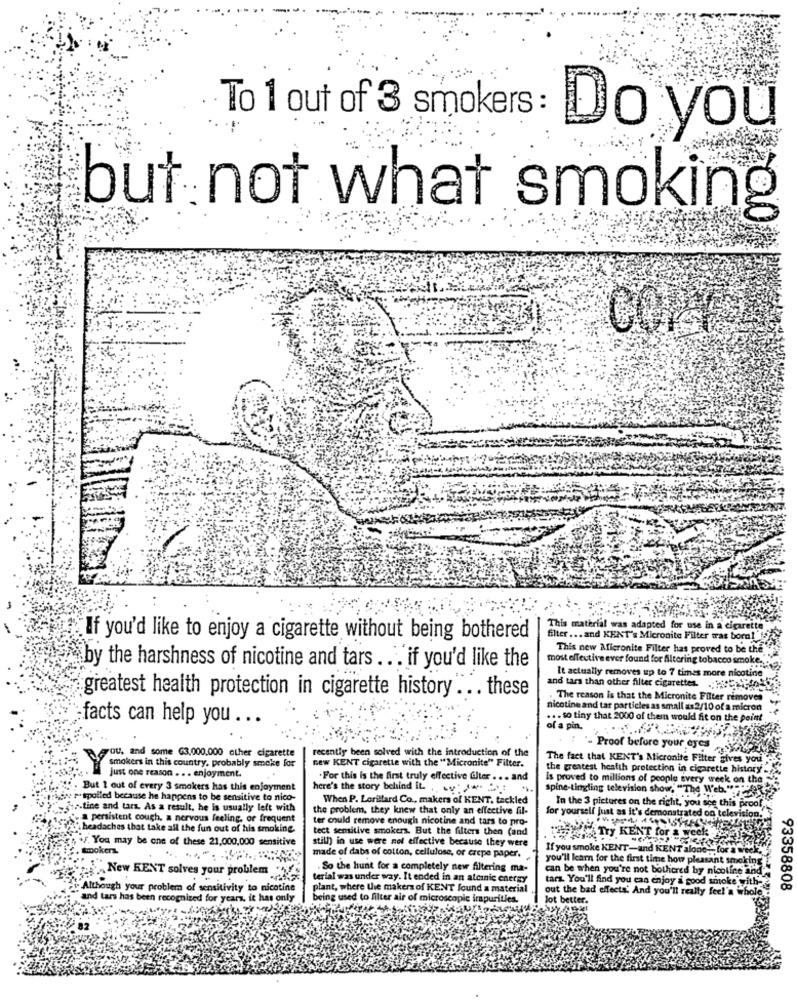
To 1 out of 3 smokers :
Do you
but not what smoking
COPES
This material was adapted for use in a ei
If you'd like to enjoy a cigarette without being bothered
filter ... and KENT's Micronite Filter tras borg! !
This new Micronite Filter has proved to be the
most effective ever found for filtering tobacco smoke.
by the harshness of nicotine and tars ... if you'd like the
It actually removes up to 7 times more nicotine
and tars than other filter cigarettes. . .
greatest health protection in cigarette history ... these
. The reason is that the Micronite Filter remove
nicotine and tar particles as small as 2/10 of a micron
facts can help you ...
... so tiny that 2000 of them would fit on the point
of a pin.
recently been solved with the introduction of the
- Proof before your eyes
Berou, and some G3,000,000 other cigarette
The fact that KENT's Micronite Filter gives yo
smokers in this country. probably smoke for
new KENT cigarette with the "Micronite" Filter.
the greatest health protection in cigarette history
just one reason ... enjoyment.
.For this is the first truly effective filter ... and
Is proved to millions of people every week on the
But 1 out of every 3 smokers has this enjoyment
here's the story behind it. .
spine-tingling television show, "The Web.""
e rispolled because he happens to be sensitive to nico-
When P. Lorillard Co ., makers of KENT, tackled
In the 3 pictures on the right, you see this proof
tine and tars. As a result, he is usually left with
the problem, they knew that only an effective fil-
for yourself just as it's demonstrated on television.
persistent cough, a nervous feeling, or frequent
ter could remove enough nicotine and tars to pro-
headaches that take all the fun out of his smoking.
tect sensitive smokers. But the filters then (and
F. You may be one of these 21,000,000 sensitive
still in use were not effective because they were
THEYLA Try KENT for a week:
tmokers
If you smoke KENT-and KENT alone-
for a week
made of dabs of cotton, cellulose, or crepe paper.
you'll learn for the first time how pleasant s
New KENT solves your problem
. So the hunt for a completely new filtering ma-
can be when you're not bothered by nicotine and
terial was under way. It ended in an atcinic energy
tars. You'll find you can enjoy a good smo
Although your problem of sensitivity to nicotine
plant, where the makers of KENT found a material
out the bad effects And you'll really feel'a whole
93358808
and tars has been recognized for years. it has only
being used to filter air of microscopic impurities.
Jot better.